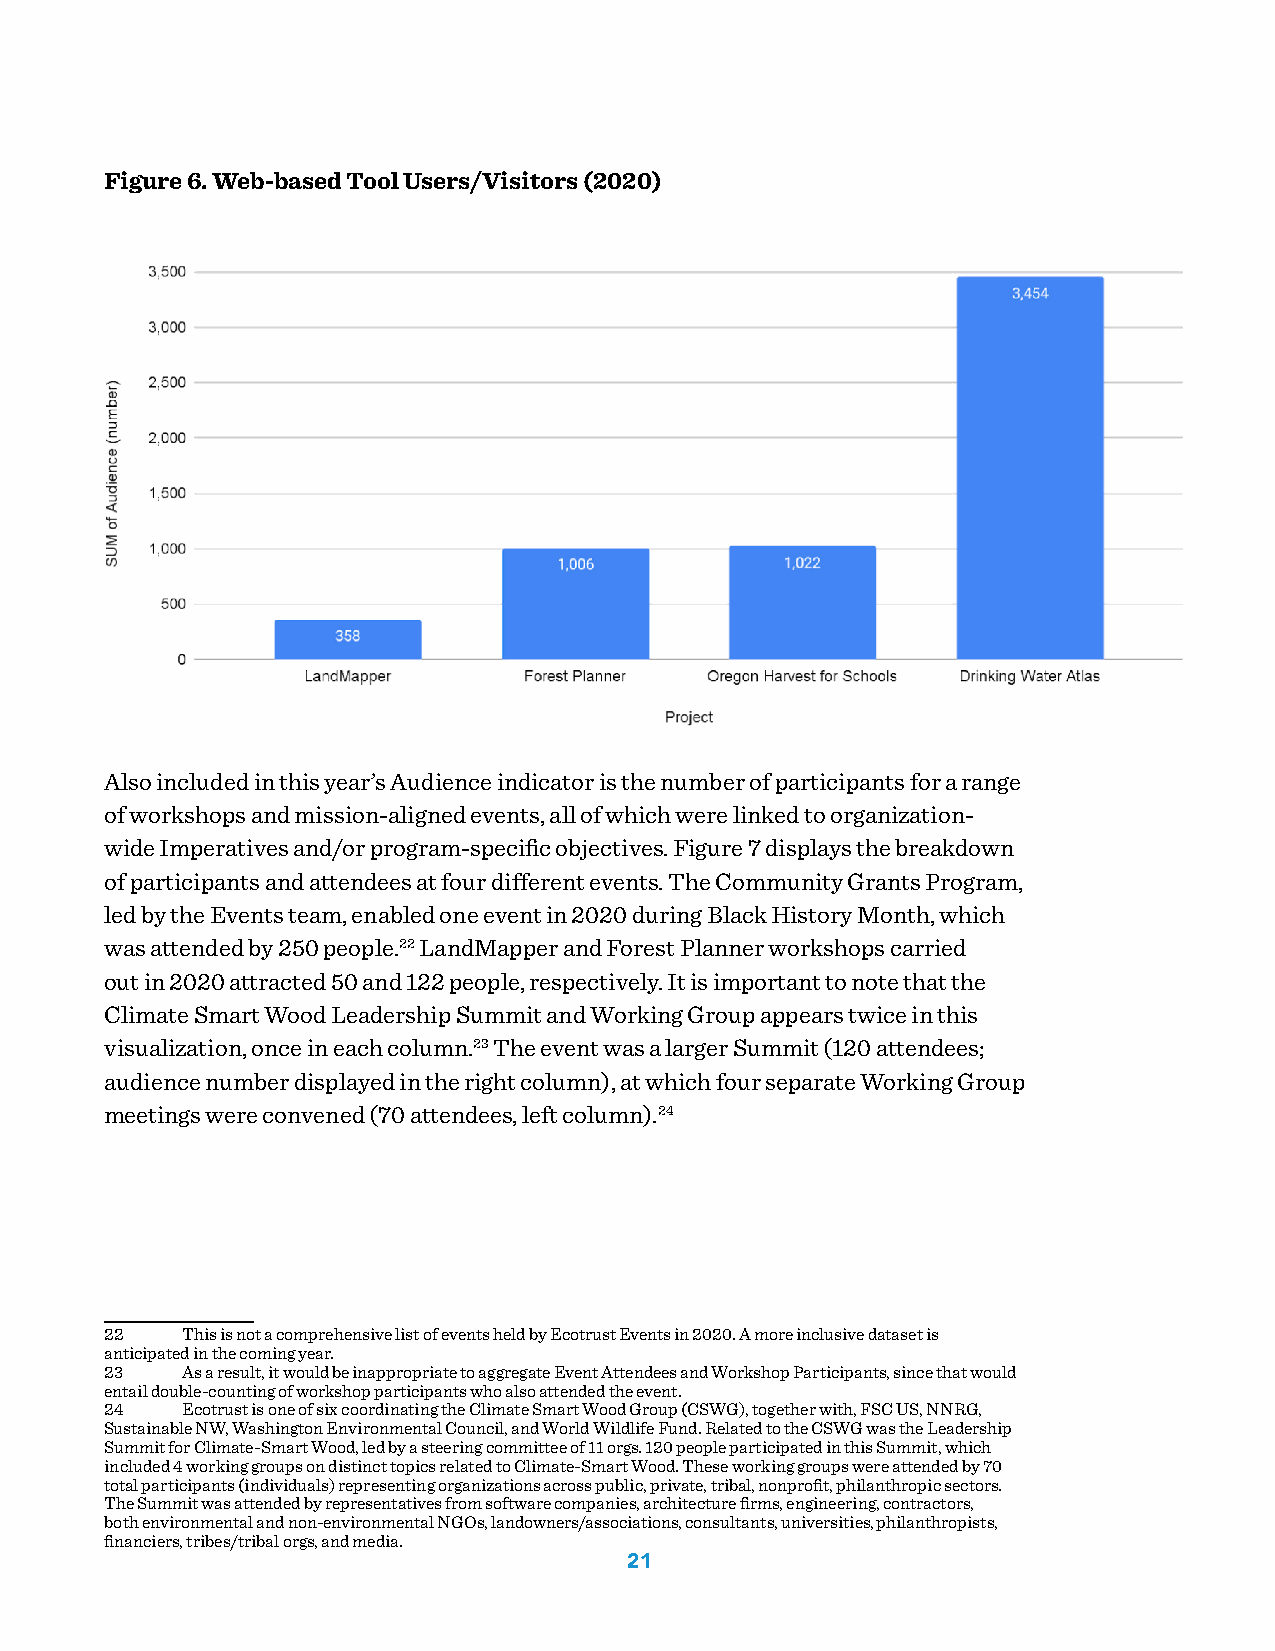
Figure 6. Web-based Tool Users/Visitors (2020)
 Also included in this year’s Audience indicator is the number of participants for a range
 of workshops and mission-aligned events, all of which were linked to organization-
 wide Imperatives and/or program-specific objectives. Figure 7 displays the breakdown
 of participants and attendees at four different events. The Community Grants Program,
 led by the Events team, enabled one event in 2020 during Black History Month, which
 was attended by 250 people.22 LandMapper and Forest Planner workshops carried
 out in 2020 attracted 50 and 122 people, respectively. It is important to note that the
 Climate Smart Wood Leadership Summit and Working Group appears twice in this
 visualization, once in each column.23 The event was a larger Summit (120 attendees;
 audience number displayed in the right column), at which four separate Working Group
 meetings were convened (70 attendees, left column).24
 22   This is not a comprehensive list of events held by Ecotrust Events in 2020. A more inclusive dataset is
 anticipated in the coming year.
 23   As a result, it would be inappropriate to aggregate Event Attendees and Workshop Participants, since that would
 entail double-counting of workshop participants who also attended the event.
 24   Ecotrust is one of six coordinating the Climate Smart Wood Group (CSWG), together with, FSC US, NNRG,
 Sustainable NW, Washington Environmental Council, and World Wildlife Fund. Related to the CSWG was the Leadership
 Summit for Climate-Smart Wood, led by a steering committee of 11 orgs. 120 people participated in this Summit, which
 included 4 working groups on distinct topics related to Climate-Smart Wood. These working groups were attended by 70
 total participants (individuals) representing organizations across public, private, tribal, nonprofit, philanthropic sectors.
 The Summit was attended by representatives from software companies, architecture firms, engineering, contractors,
 both environmental and non-environmental NGOs, landowners/associations, consultants, universities, philanthropists,
 financiers, tribes/tribal orgs, and media.
 21